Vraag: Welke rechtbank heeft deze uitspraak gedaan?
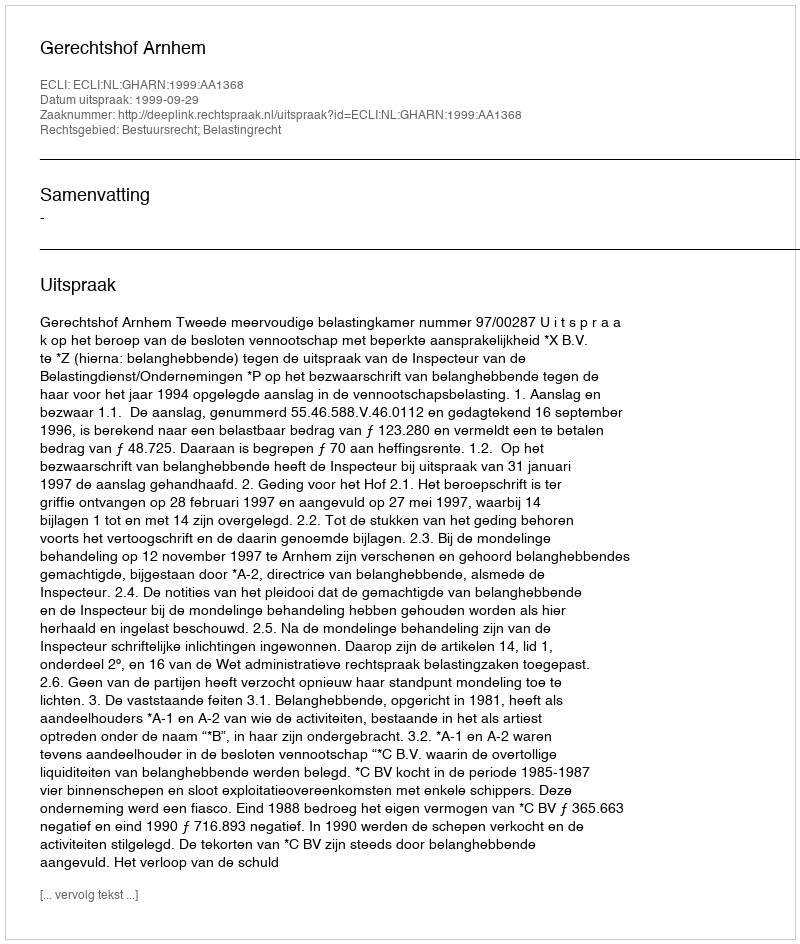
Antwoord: Gerechtshof Arnhem